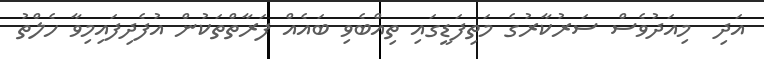
އަދި  މިއަދުވެސް ސަރުކާރުގެ މަތިފަޑީގައި ތިއްބެވި ބައެއް ފަރާތްތަކުން އުފެދިފައިމިވާ ހެލްތު